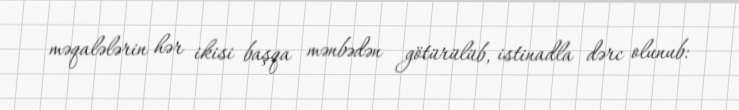
məqalələrin hər ikisi başqa mənbədən götürülüb, istinadla dərc olunub: